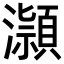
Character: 𪷿